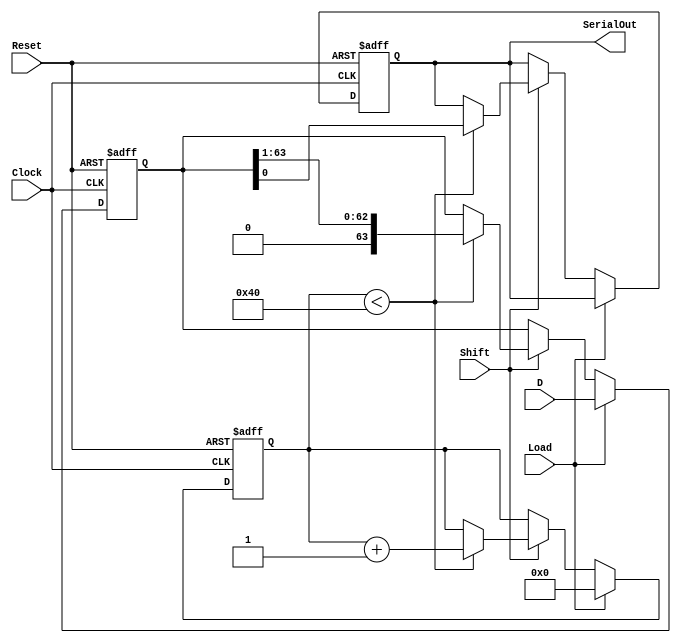
module PISO_Register (
    input wire [63:0] D,       // 64-bit parallel input data
    input wire Load,           // Load control signal
    input wire Shift,          // Shift control signal
    input wire Clock,          // Clock signal
    input wire Reset,          // Asynchronous reset signal
    output reg SerialOut       // Serial output
);

    reg [63:0] shift_reg;      // 64-bit shift register
    reg [5:0] bit_count;       // Counter for the number of bits shifted out

    always @(posedge Clock or posedge Reset) begin
        if (Reset) begin
            // Reset the shift register and output
            shift_reg <= 64'b0;
            SerialOut <= 1'b0;
            bit_count <= 6'b0;
        end else begin
            if (Load) begin
                // Load data into the shift register
                shift_reg <= D;
                bit_count <= 6'b0; // Reset bit count when loading new data
            end else if (Shift) begin
                // Shift data out serially
                if (bit_count < 64) begin
                    SerialOut <= shift_reg[0]; // Output the LSB
                    shift_reg <= shift_reg >> 1; // Shift right
                    bit_count <= bit_count + 1; // Increment bit count
                end
            end
        end
    end

endmodule